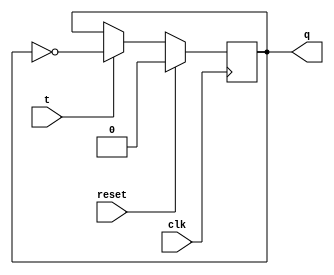
module T_flip_flop (
    input wire clk, // Clock input
    input wire reset, // Reset input
    input wire t, // T input
    output reg q // Q output
);

always @(posedge clk) begin
    if (reset) begin
        q <= 1'b0; // Reset to default state
    end else begin
        if (t) begin
            q <= ~q; // Toggle output on rising edge of clock if T is high
        end
    end
end

endmodule